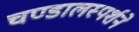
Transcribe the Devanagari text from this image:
चण्डालस्पर्शने